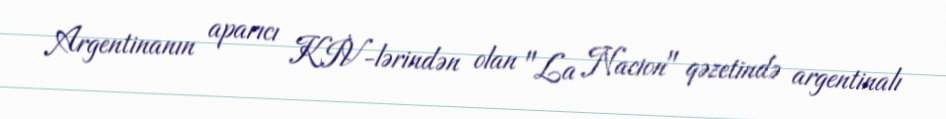
Argentinanın aparıcı KİV-lərindən olan "La Nacion" qəzetində argentinalı